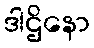
ဒါဌိနော